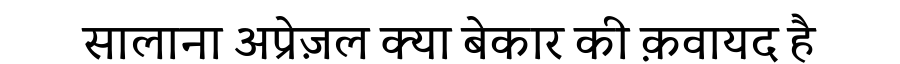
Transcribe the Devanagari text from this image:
सालाना अप्रेज़ल क्या बेकार की क़वायद है